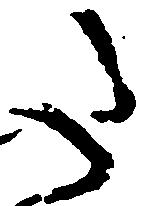
た